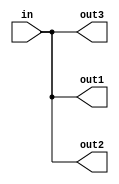

module splitter4(in, out1, out2, out3);

input  wire [3:0] in;
output wire [3:0] out1;
output wire [3:0] out2;
output wire [3:0] out3;

assign out1 = in;
assign out2 = in;
assign out3 = in;

endmodule